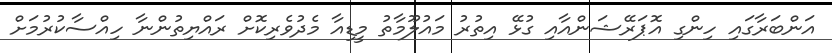
އަންބަރާގައި ހިންގި އޮޕަރޭޝަންއާއި ގުޅޭ އިތުރު މައުލޫމާތު މީޑިއާ މެދުވެރިކޮށް ރައްޔިތުންނާ ހިއްސާކުރުމަށް